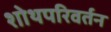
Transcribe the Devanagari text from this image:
शोथपरिवर्तन